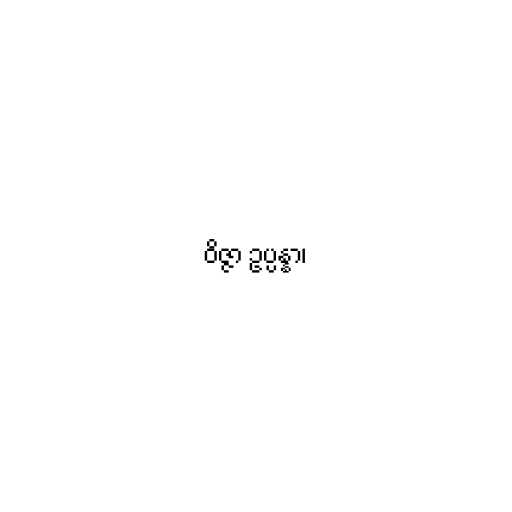
ဝိဇ္ဇာ ဥပ္ပန္နာ၊